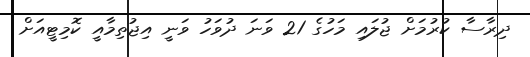
ދިރާސާ ކުރުމަށް ޖުލައި މަހުގެ 21 ވަނަ ދުވަހު ވަނީ އިޖުތިމާއީ ކޮމިޓީއަށް